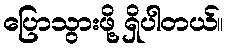
ပြောသွားဖို့ ရှိပါတယ်။